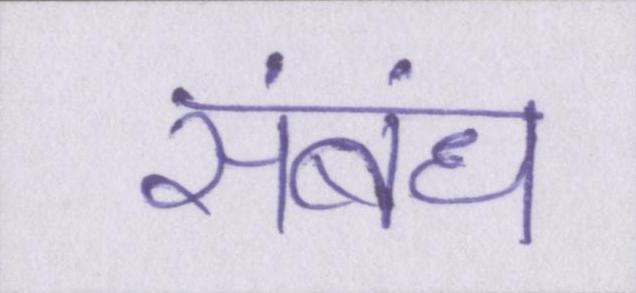
संबंध